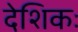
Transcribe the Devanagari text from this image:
देशिकः